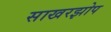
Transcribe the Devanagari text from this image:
साखरझोप